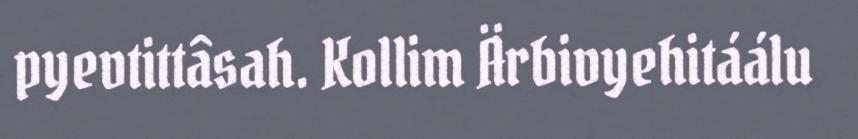
pyevtittâsah. Kollim Ärbivyehitáálu